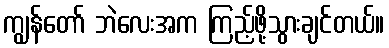
ကျွန်တော် ဘဲလေးအက ကြည့်ဖို့သွားချင်တယ်။